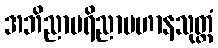
အဘိညာပရိညာပဟာနသုတ္တံ